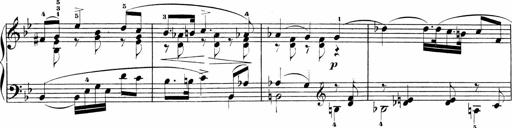
Title: Sonatinen Op.47, 98 und 136, nebst 6 Liedersonatinen
Composer: Carl Reinecke